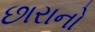
છારાનો